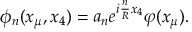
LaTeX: \phi _ { n } ( x _ { \mu } , x _ { 4 } ) = a _ { n } e ^ { i \frac { n } { R } x _ { 4 } } \varphi ( x _ { \mu } ) .